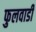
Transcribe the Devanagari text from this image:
फुलवाडी